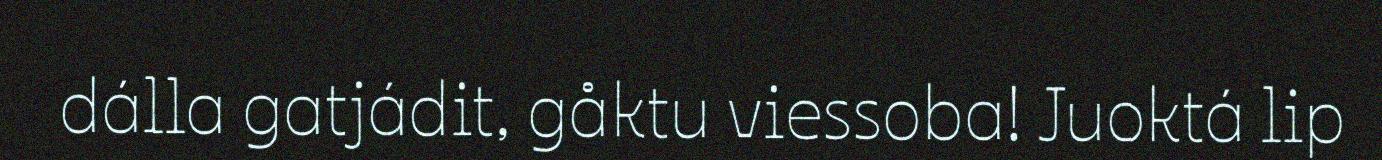
dálla gatjádit, gåktu viessoba! Juoktá lip